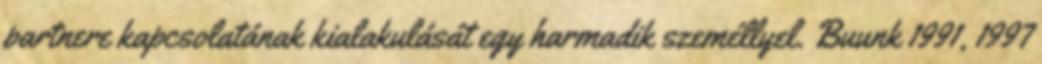
partnere kapcsolatának kialakulását egy harmadik személlyel. Buunk 1991, 1997